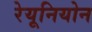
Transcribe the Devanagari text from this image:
रेयूनियोन